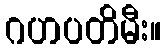
ဂဟပတိမီး။